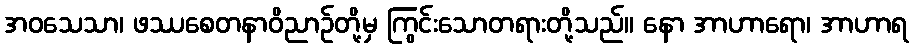
အဝသေသာ၊ ဖဿစေတနာဝိညာဉ်တို့မှ ကြွင်းသောတရားတို့သည်။ နော အာဟာရော၊ အာဟာရ